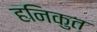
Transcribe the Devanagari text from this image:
हनिकुत